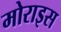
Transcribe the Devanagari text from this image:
मोराइस